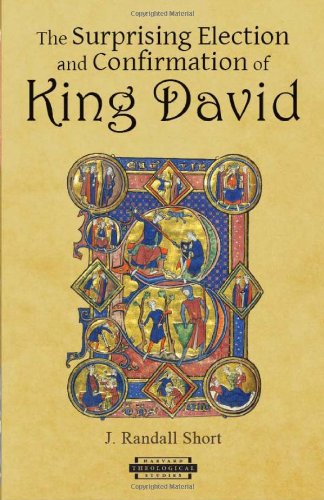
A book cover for The Surprising Election and Confirmation of King David (Harvard Theological Studies); J. Randall Short; Christian Books & Bibles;